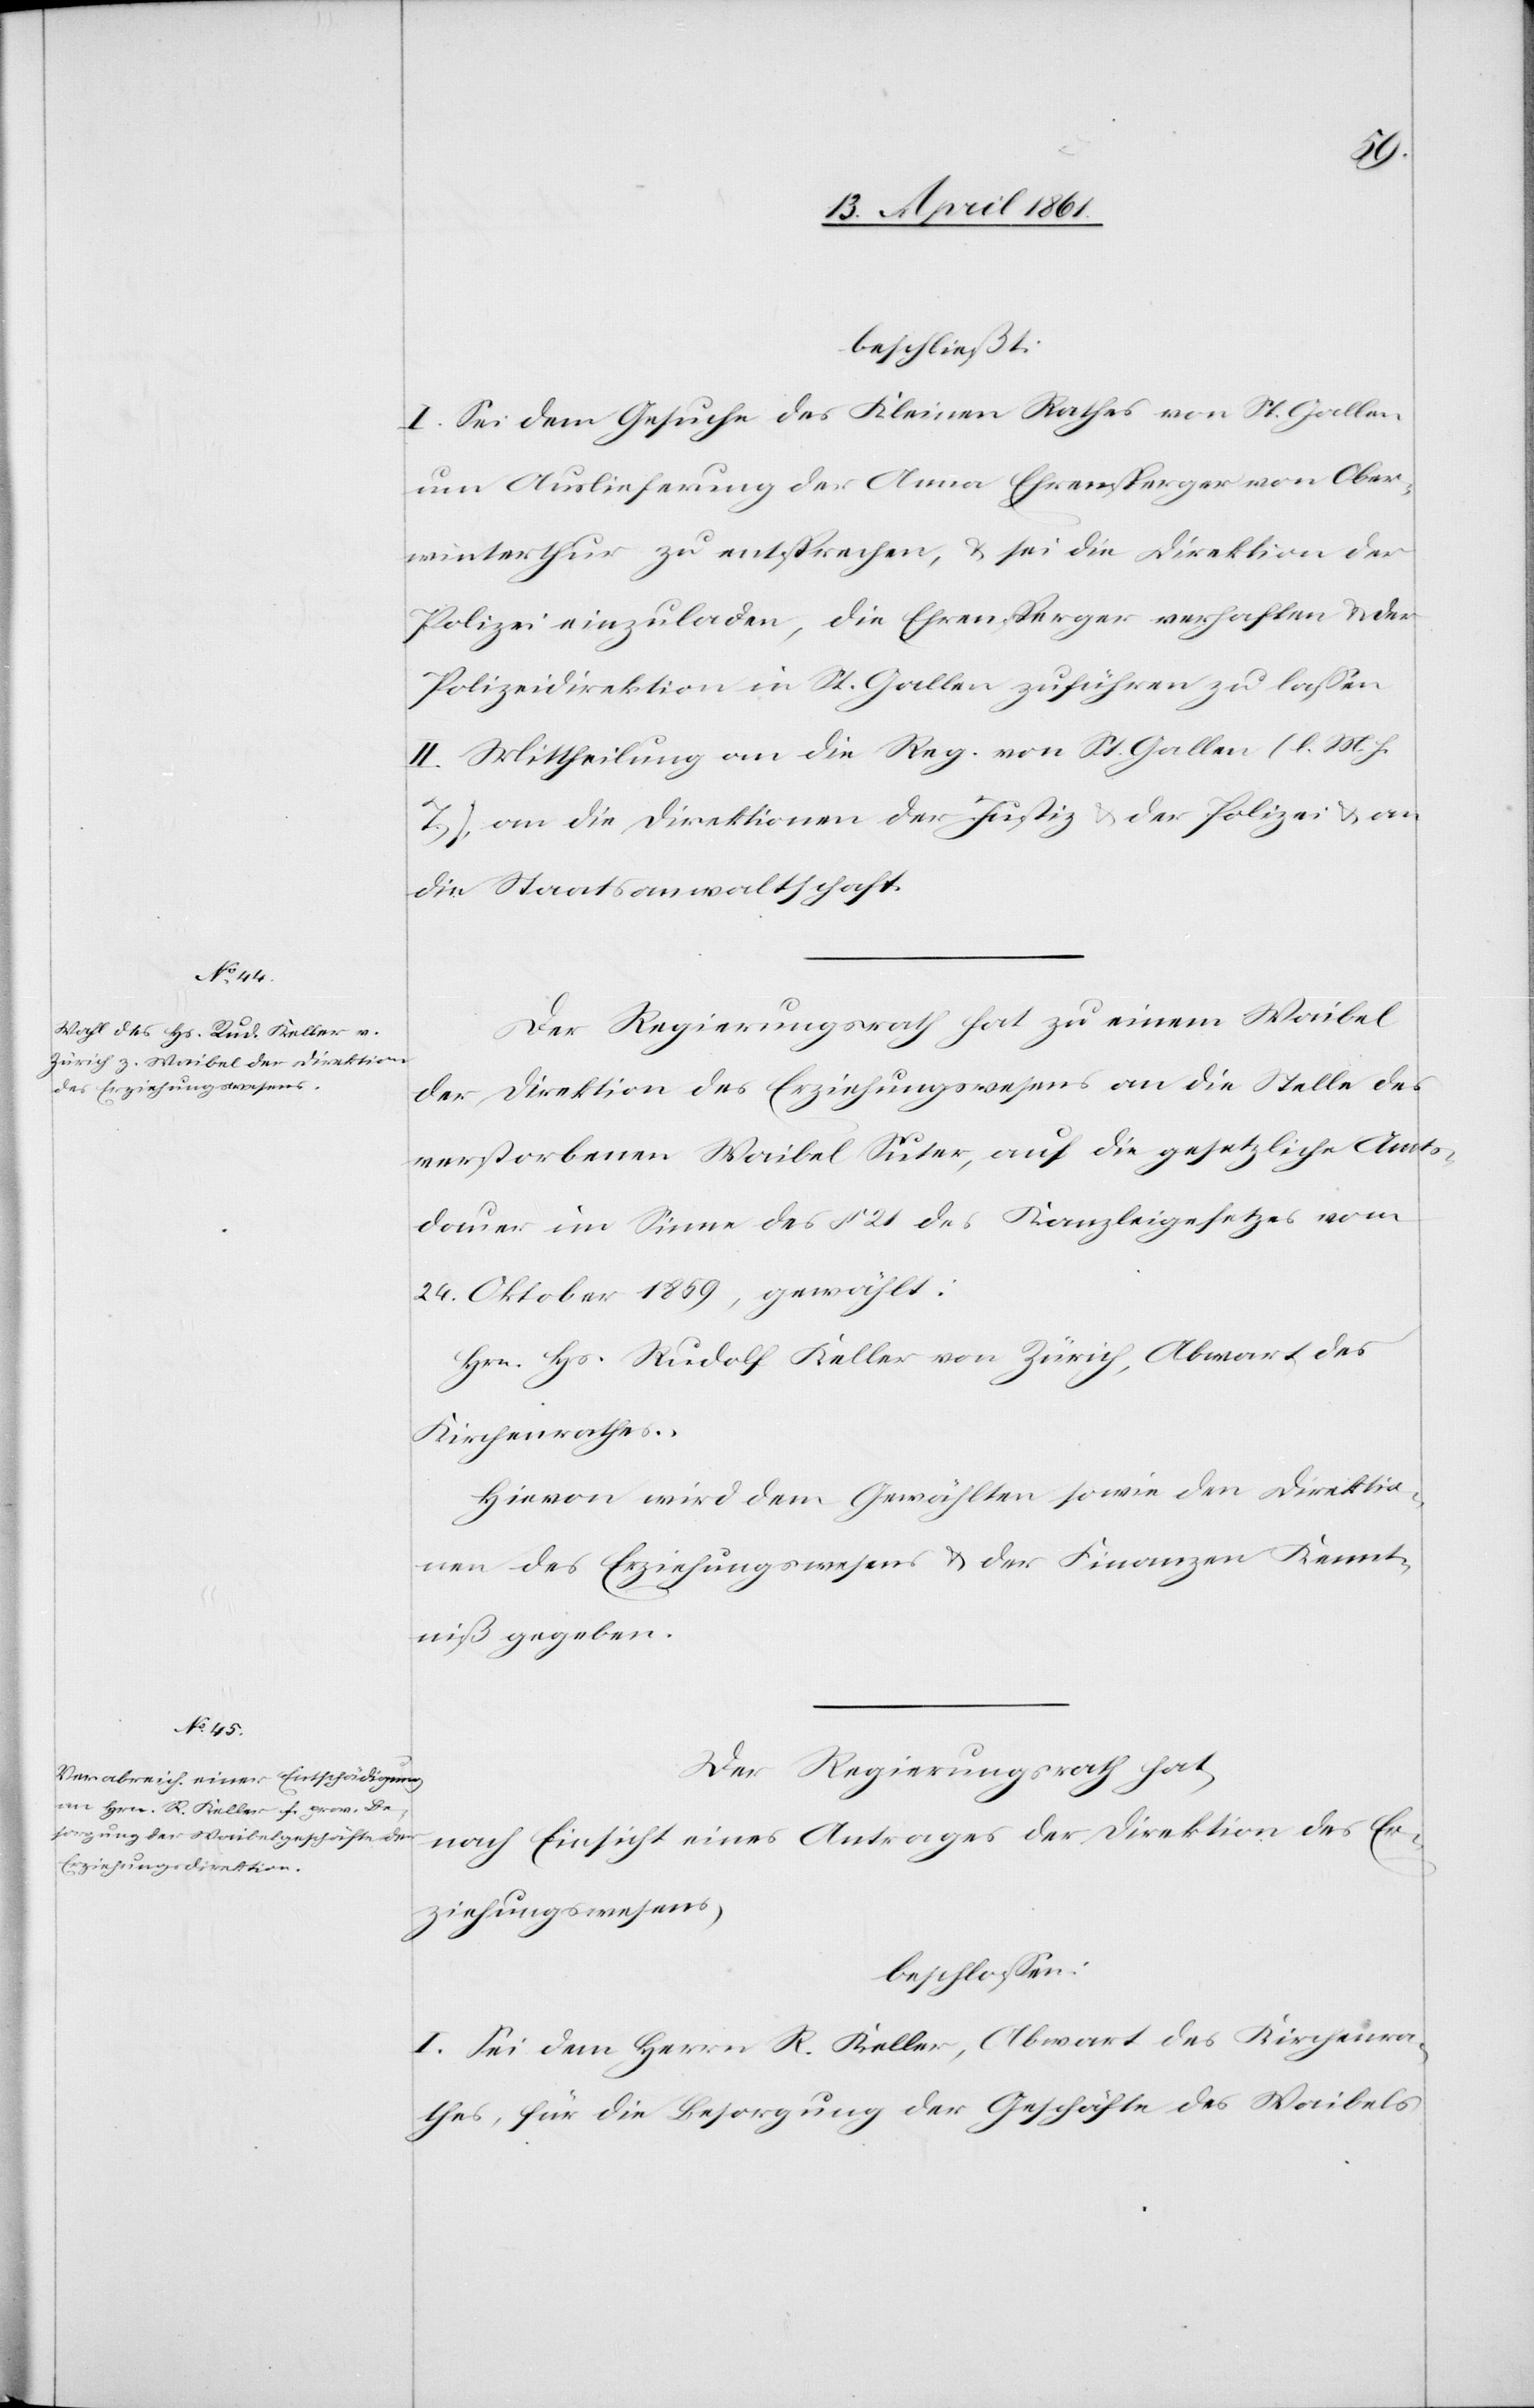
beschließt:
I. Sei dem Gesuche des Kleinen Rathes von St. Gallen
um Auslieferung der Anna Ehrensperger von Ober¬
winterthur zu entsprechen, u. sei die Direktion der
Polizei einzuladen, die Ehrensperger verhaften u. der
Polizeidirektion in St. Gallen zuführen zu lassen.
II. Mittheilung an die Regierung. von St. Gallen (l. M. h.
T.), an die Direktionen der Justiz u. der Polizei u. an
die Staatsanwaltschaft.
Der Regierungsrath hat zu einem Waibel
der Direktion des Erziehungswesens an die Stelle des
verstorbenen Waibel Suter, auf die gesetzliche Amts¬
dauer im Sinne des § 21 des Kanzleigesetzes vom
24. Oktober 1859, gewählt:
Hrn. Hs. Rudolf Keller von Zürich, Abwart des
Kirchenrathes.
Hievon wird dem Gewählten sowie den Direktio¬
nen des Erziehungswesens u. der Finanzen Kennt¬
niß gegeben.
Der Regierungsrath hat,
nach Einsicht eines Antrages der Direktion des Er¬
ziehungswesens,
beschlossen:
I. Sei dem Herrn R. Keller, Abwart des Kirchenra¬
thes, für die Besorgung der Geschäfte des Waibels